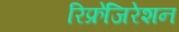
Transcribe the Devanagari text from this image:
रिफ्रेजिरेशन